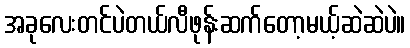
အခုလေးတင်ပဲတယ်လီဖုန်းဆက်တော့မယ့်ဆဲဆဲပဲ။